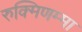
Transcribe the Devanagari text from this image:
रुक्मिणम्मा